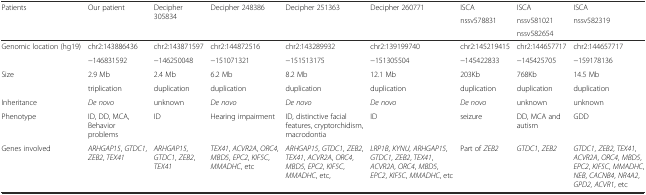
| <ROWSPAN=3> Patients | <ROWSPAN=3> Our patient | <ROWSPAN=3> Decipher 305834 | <ROWSPAN=3> Decipher 248386 | <ROWSPAN=3> Decipher 251363 | <ROWSPAN=3> Decipher 260771 | ISCA | ISCA | ISCA |
 | <ROWSPAN=2> nssv578831 | nssv581021 | nssv582319 |
 | nssv582654 |  |
 | --- | --- | --- | --- | --- | --- | --- | --- | --- |
 | Genomic location (hg19) | chr2:143886436 | chr2:143871597 | chr2:144872516 | chr2:143289932 | chr2:139199740 | chr2:145219415 | chr2:144657717 | chr2:144657717 |
 |  | −146831592 | −146250048 | −151071321 | −151513175 | −151305504 | −145422833 | −145425705 | −159178136 |
 | Size | 2.9 Mb | 2.4 Mb | 6.2 Mb | 8.2 Mb | 12.1 Mb | 203Kb | 768Kb | 14.5 Mb |
 |  | triplication | duplication | duplication | duplication | duplication | duplication | duplication | duplication |
 | Inheritance | De novo | unknown | De novo | De novo | De novo | De novo | unknown | unknown |
 | Phenotype | ID, DD, MCA, Behavior problems | ID | Hearing impairment | ID, distinctive facial features, cryptorchidism, macrodontia | ID | seizure | DD, MCA and autism | GDD |
 | Genes involved | ARHGAP15, GTDC1, ZEB2, TEX41 | ARHGAP15, GTDC1, ZEB2, TEX41 | TEX41, ACVR2A, ORC4, MBD5, EPC2, KIF5C, MMADHC, etc | ARHGAP15, GTDC1, ZEB2, TEX41, ACVR2A, ORC4, MBD5, EPC2, KIF5C, MMADHC, etc, | LRP1B, KYNU, ARHGAP15, GTDC1, ZEB2, TEX41, ACVR2A, ORC4, MBD5, EPC2, KIF5C, MMADHC, etc | Part of ZEB2 | GTDC1, ZEB2 | GTDC1, ZEB2, TEX41, ACVR2A, ORC4, MBD5, EPC2, KIF5C, MMADHC, NEB, CACNB4, NR4A2, GPD2, ACVR1, etc |